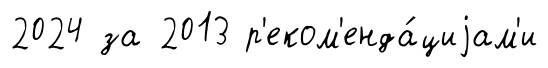
2024 за 2013 р'еком'енда́циjам'и